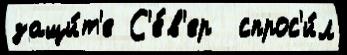
защи́т'е С'е́в'ер  спрос'и́л